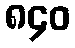
၈၄၀